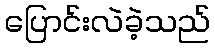
ပြောင်းလဲခဲ့သည်